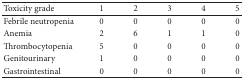
<table><thead><tr><td><b>Toxicity grade</b></td><td><b>1</b></td><td><b>2</b></td><td><b>3</b></td><td><b>4</b></td><td><b>5</b></td></tr></thead><tbody><tr><td>Febrile neutropenia</td><td>0</td><td>0</td><td>0</td><td>0</td><td>0</td></tr><tr><td>Anemia</td><td>2</td><td>6</td><td>1</td><td>1</td><td>0</td></tr><tr><td>Thrombocytopenia</td><td>5</td><td>0</td><td>0</td><td>0</td><td>0</td></tr><tr><td>Genitourinary</td><td>1</td><td>0</td><td>0</td><td>0</td><td>0</td></tr><tr><td>Gastrointestinal</td><td>0</td><td>0</td><td>0</td><td>0</td><td>0</td></tr></tbody></table>